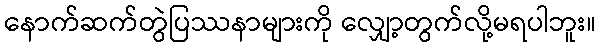
နောက်ဆက်တွဲပြဿနာများကို လျှော့တွက်လို့မရပါဘူး။